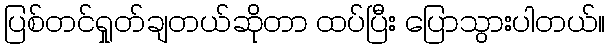
ပြစ်တင်ရှုတ်ချတယ်ဆိုတာ ထပ်ပြီး ပြောသွားပါတယ်။